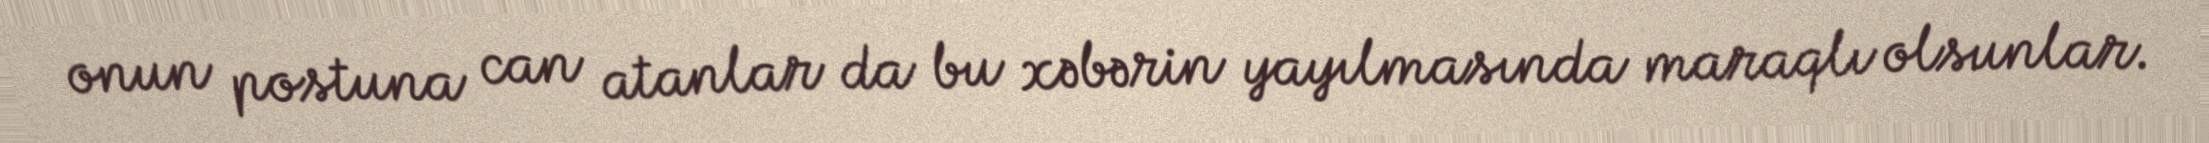
onun postuna can atanlar da bu xəbərin yayılmasında maraqlı olsunlar.